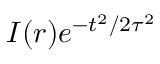
I ( \boldsymbol { r } ) e ^ { - t ^ { 2 } / 2 \tau ^ { 2 } }